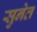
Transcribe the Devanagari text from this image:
सुनेत